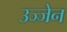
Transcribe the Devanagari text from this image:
उज्‍जेन